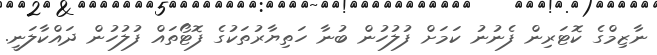
ނާޒިމްގެ ކޮޓަރިން ފެނުނު ކަމަށް ފުލުހުން ބުނާ ހަތިޔާރުތަކުގެ ފޮޓޯތައް ފުލުހުން ދައްކާލަނީ.